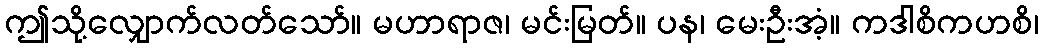
ဤသို့လျှောက်လတ်သော်။ မဟာရာဇ၊ မင်းမြတ်။ ပန၊ မေးဦးအံ့။ ကဒါစိကဟစိ၊